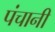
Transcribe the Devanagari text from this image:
पंचानी